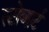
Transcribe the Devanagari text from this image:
स्टोबार्ट